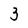
Character: 3